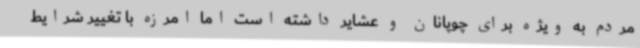
مردم به ویژه برای چوپانان و عشایر داشته است اما امرزه با تغییر شرایط